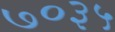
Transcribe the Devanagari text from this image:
७०३५